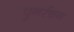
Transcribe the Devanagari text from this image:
पुनर्रचन